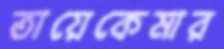
তায়েকেমার